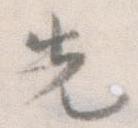
先